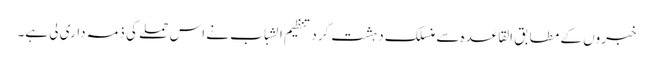
خبروں کے مطابق القاعدہ سے منسلک دہشت گرد تنظیم الشباب نے اس حملے کی ذمہ داری لی ہے۔